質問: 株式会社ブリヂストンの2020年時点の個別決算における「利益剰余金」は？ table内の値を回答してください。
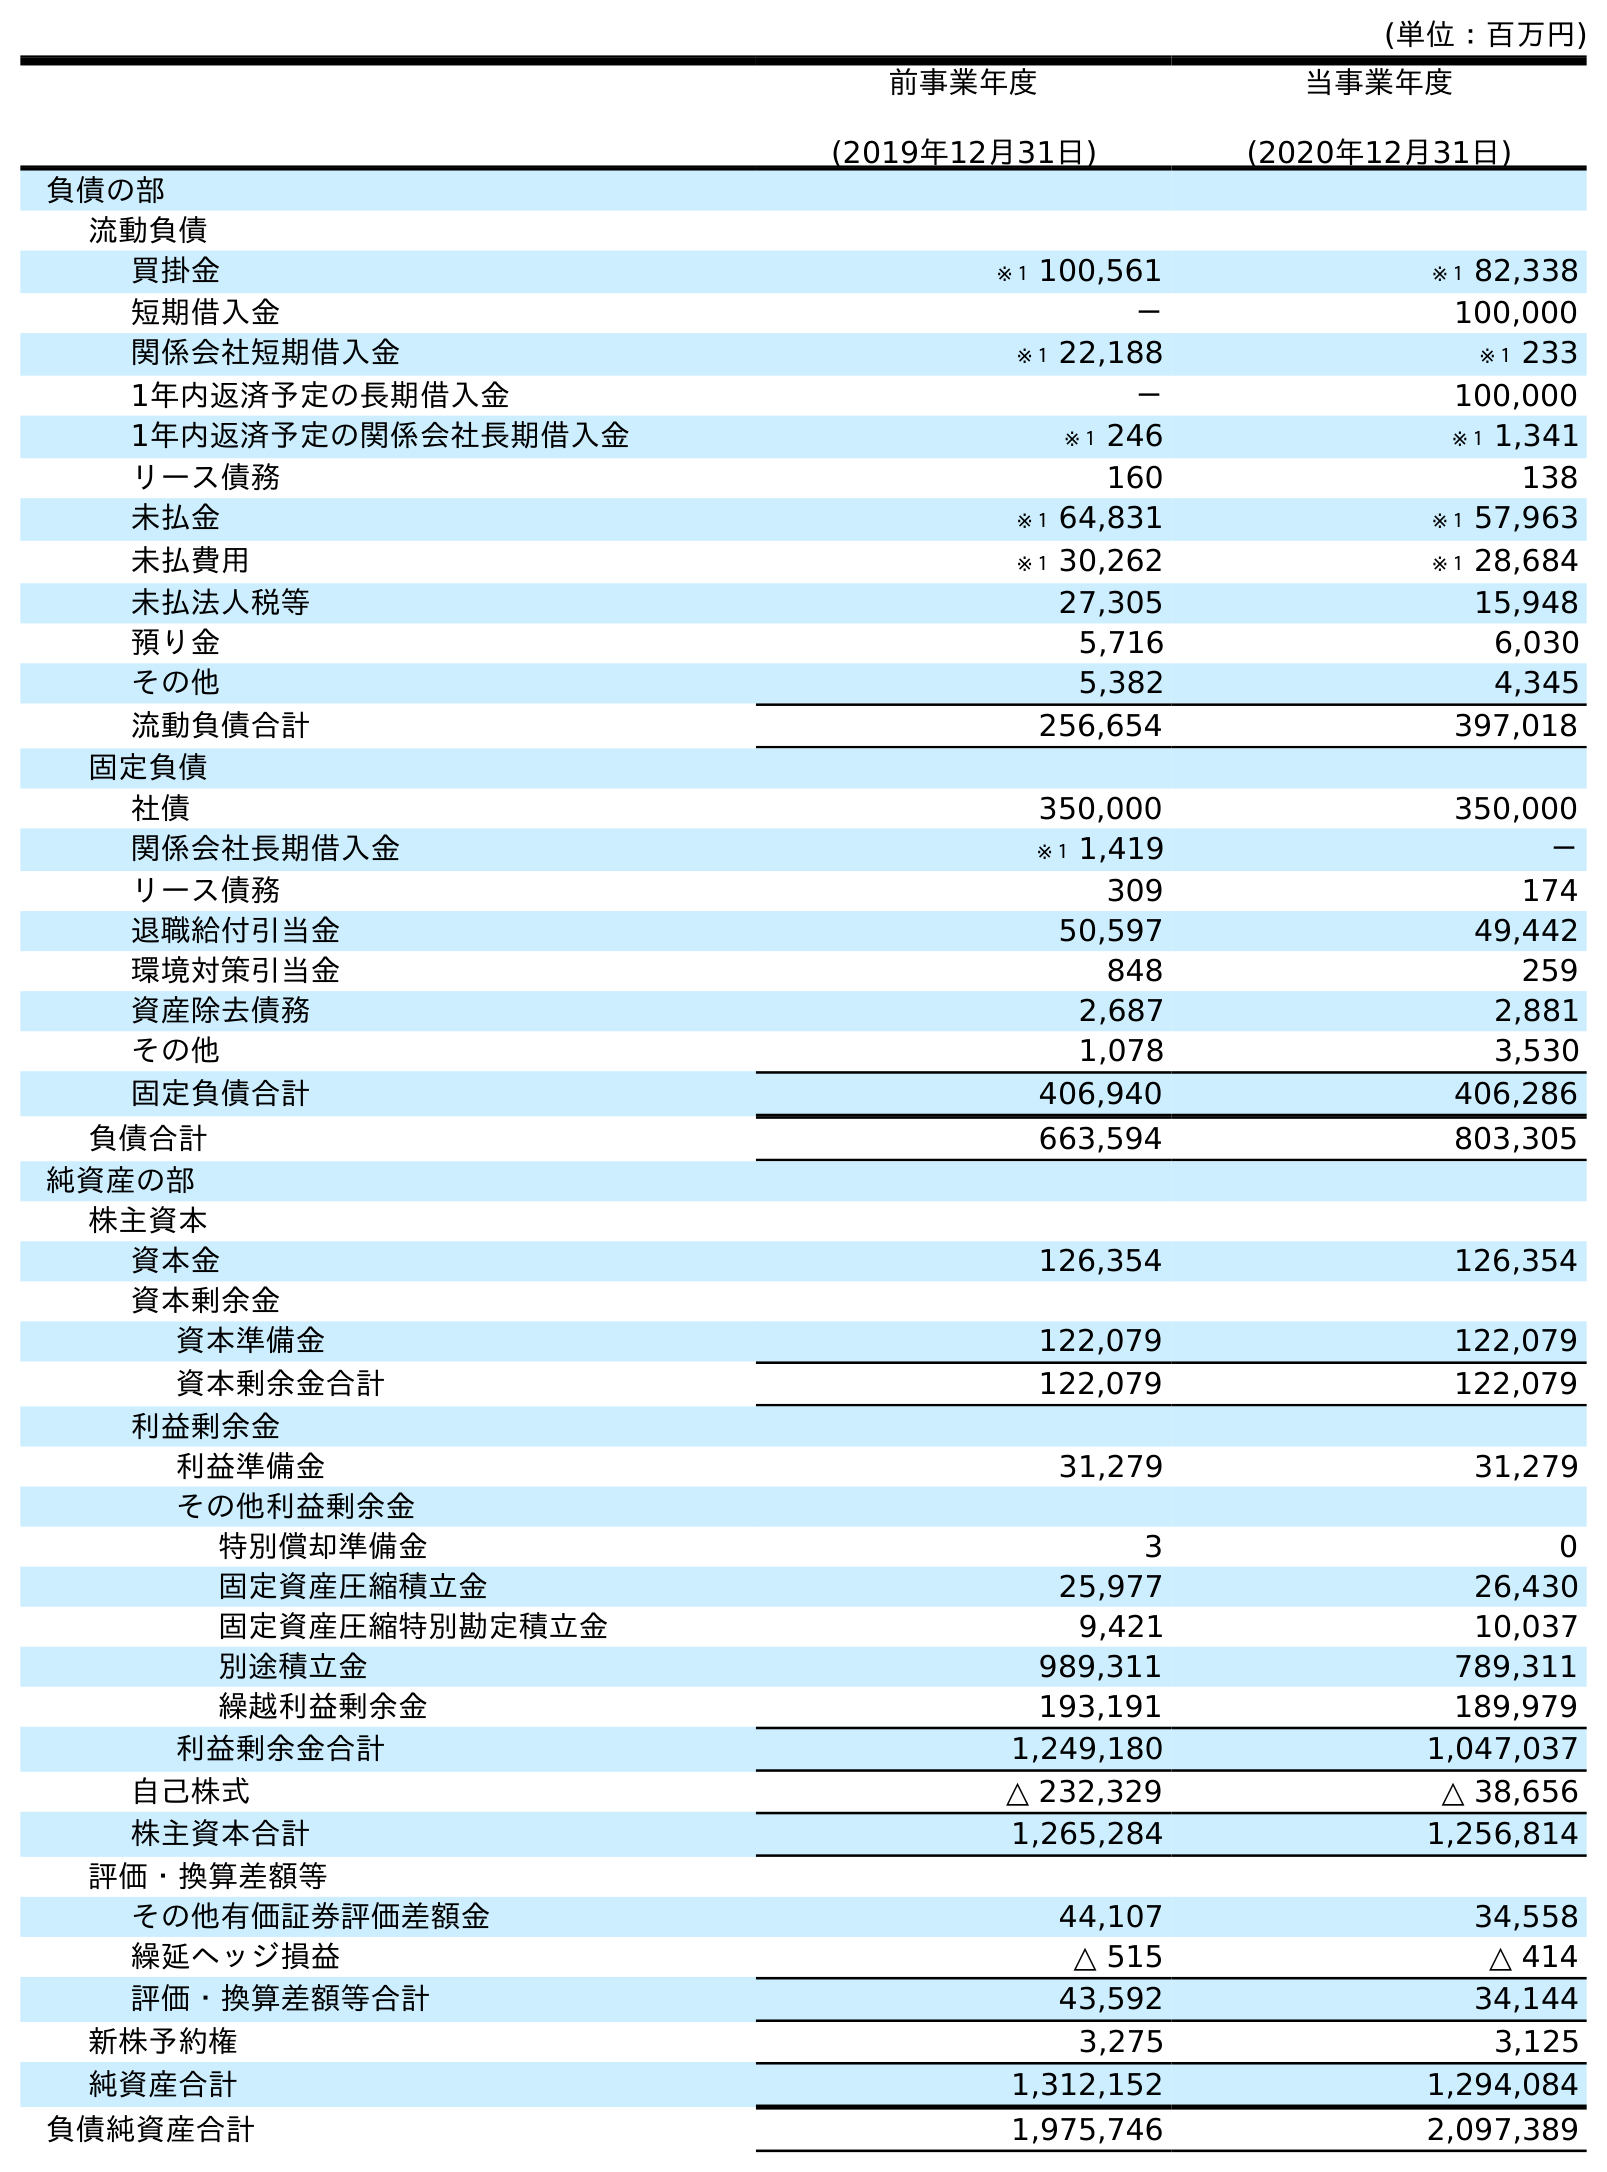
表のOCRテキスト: (単位：百万円) 前事業年度 (2019年12月31日) 当事業年度 (2020年12月31日) 負債の部 流動負債 買掛金 ※１ 100,561 ※１ 82,338 短期借入金 － 100,000 関係会社短期借入金 ※１ 22,188 ※１ 233 1年内返済予定の長期借入金 － 100,000 1年内返済予定の関係会社長期借入金 ※１ 246 ※１ 1,341 リース債務 160 138 未払金 ※１ 64,831 ※１ 57,963 未払費用 ※１ 30,262 ※１ 28,684 未払法人税等 27,305 15,948 預り金 5,716 6,030 その他 5,382 4,345 流動負債合計 256,654 397,018 固定負債 社債 350,000 350,000 関係会社長期借入金 ※１ 1,419 － リース債務 309 174 退職給付引当金 50,597 49,442 環境対策引当金 848 259 資産除去債務 2,687 2,881 その他 1,078 3,530 固定負債合計 406,940 406,286 負債合計 663,594 803,305 純資産の部 株主資本 資本金 126,354 126,354 資本剰余金 資本準備金 122,079 122,079 資本剰余金合計 122,079 122,079 利益剰余金 利益準備金 31,279 31,279 その他利益剰余金 特別償却準備金 3 0 固定資産圧縮積立金 25,977 26,430 固定資産圧縮特別勘定積立金 9,421 10,037 別途積立金 989,311 789,311 繰越利益剰余金 193,191 189,979 利益剰余金合計 1,249,180 1,047,037 自己株式 △ 232,329 △ 38,656 株主資本合計 1,265,284 1,256,814 評価・換算差額等 その他有価証券評価差額金 44,107 34,558 繰延ヘッジ損益 △ 515 △ 414 評価・換算差額等合計 43,592 34,144 新株予約権 3,275 3,125 純資産合計 1,312,152 1,294,084 負債純資産合計 1,975,746 2,097,389
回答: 1,047,037